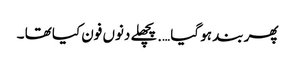
پھر بند ہو گیا ….پچھلے دنوں فون کیا تھا ۔